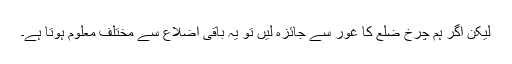
لیکن اگر ہم چرخ ضلع کا غور سے جائزہ لیں تو یہ باقی اضلاع سے مختلف معلوم ہوتا ہے۔